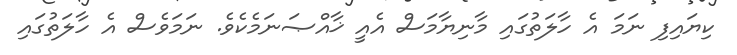
ކިޔައިފި ނަމަ އެ ހާލަތުގައި މާނިޔާމަސް އެއީ ޚާއްޞަނަމެކެވެ. ނަމަވެސް އެ ހާލަތުގައި